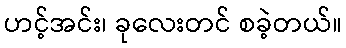
ဟင့်အင်း၊ ခုလေးတင် စခဲ့တယ်။